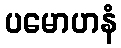
ပမောဟနံ